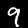
Digit: 9